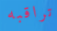
تراقبه